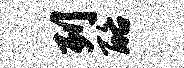
列酪